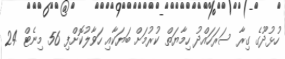
ހުޅުދޫގެ ގިރާ ސަރަހައްދު ހިމާޔަތް ކުރުމަށް ބަޔަކާއި ހަވާލުކޮށްފި 56 މިނެޓް 24